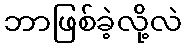
ဘာဖြစ်ခဲ့လို့လဲ